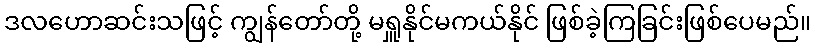
ဒလဟောဆင်းသဖြင့် ကျွန်တော်တို့ မရှူနိုင်မကယ်နိုင် ဖြစ်ခဲ့ကြခြင်းဖြစ်ပေမည်။